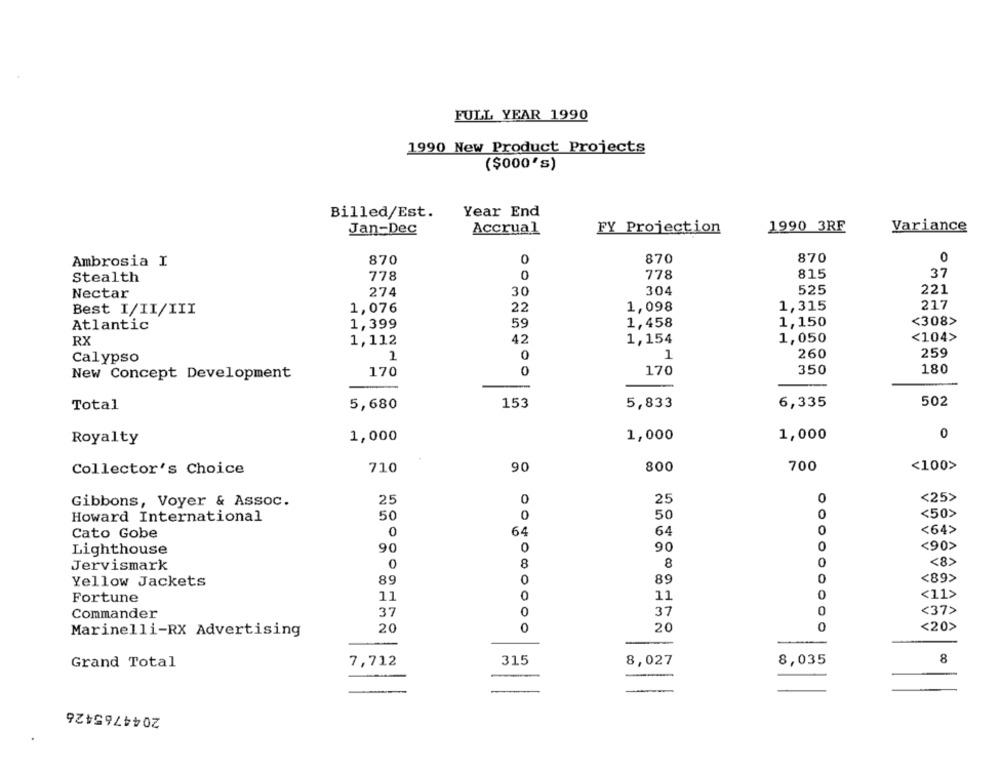
FULL YEAR 1990
1990 New Product Projects
($000's)
Billed/Est.
Year End
Jan-Dec
Accrual
FY Projection
1990 3RF
Variance
Ambrosia I
870
0
870
870
0
Stealth
778
0
778
815
37
Nectar
274
30
304
525
221
22
1,098
1,315
217
Best I/II/III
1,076
59
1,458
1,150
<308>
Atlantic
1,399
42
1,154
1,050
<104>
RX
1,112
1
260
259
Calypso
0
170
350
180
New Concept Development
170
0
502
Total
5,680
153
5,833
6,335
1,000
1,000
1,000
0
Royalty
Collector's Choice
710
90
800
700
<100>
25
0
25
0
<25>
Gibbons, Voyer & Assoc.
50
0
50
0
<50>
Howard International
0
64
64
0
<64>
Cato Gobe
90
0
90
0
<90>
Lighthouse
0
8
0
<8>
Jervismark
8
0
0
<89>
Yellow Jackets
89
89
<11>
Fortune
11
0
11
0
<37>
Commander
37
O
37
0
Marinelli-RX Advertising
20
0
20
0
<20>
Grand Total
7,712
315
8,027
8,035
8
2044765426